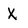
Character: X